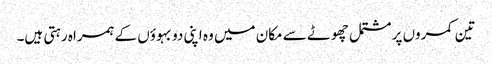
تین کمروں پر مشتمل چھوٹے سے مکان میں وہ اپنی دو بہوؤں کے ہمراہ رہتی ہیں۔